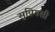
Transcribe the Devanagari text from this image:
सुप्रिमसी